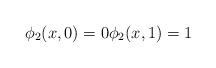
LaTeX: \begin{align*}\phi_2(x,0)=0\phi_2(x,1)=1\end{align*}